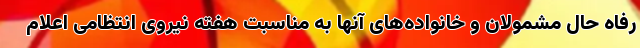
رفاه حال مشمولان و خانواده‌های آنها به مناسبت هفته نیروی انتظامی اعلام